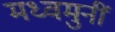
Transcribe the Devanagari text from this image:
मध्वमुनीं